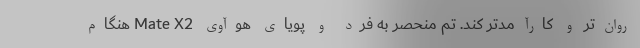
روان‌تر‌ و کارآمدتر کند. تم منحصر به فرد و پویای هوآوی Mate X2 هنگام